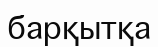
барқытқа